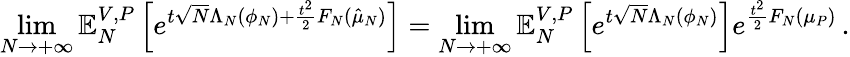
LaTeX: \operatorname*{lim}_{N\to+\infty}\mathbb{E}_{N}^{V,P}\left[e^{t\sqrt{N}\Lambda_{N}(\phi_{N})+\frac{t^{2}}{2}F_{N}(\hat{\mu}_{N})}\right]=\operatorname*{lim}_{N\to+\infty}\mathbb{E}_{N}^{V,P}\left[e^{t\sqrt{N}\Lambda_{N}(\phi_{N})}\right]e^{\frac{t^{2}}{2}F_{N}(\mu_{P})}\, .